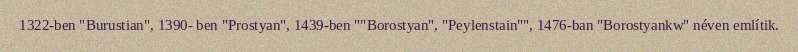
1322-ben "Burustian", 1390- ben "Prostyan", 1439-ben ""Borostyan", "Peylenstain"", 1476-ban "Borostyankw" néven említik.